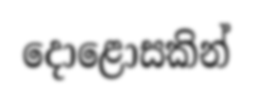
දොළොසකින්